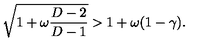
\sqrt { 1 + \omega \frac { D - 2 } { D - 1 } } > 1 + \omega ( 1 - \gamma ) .